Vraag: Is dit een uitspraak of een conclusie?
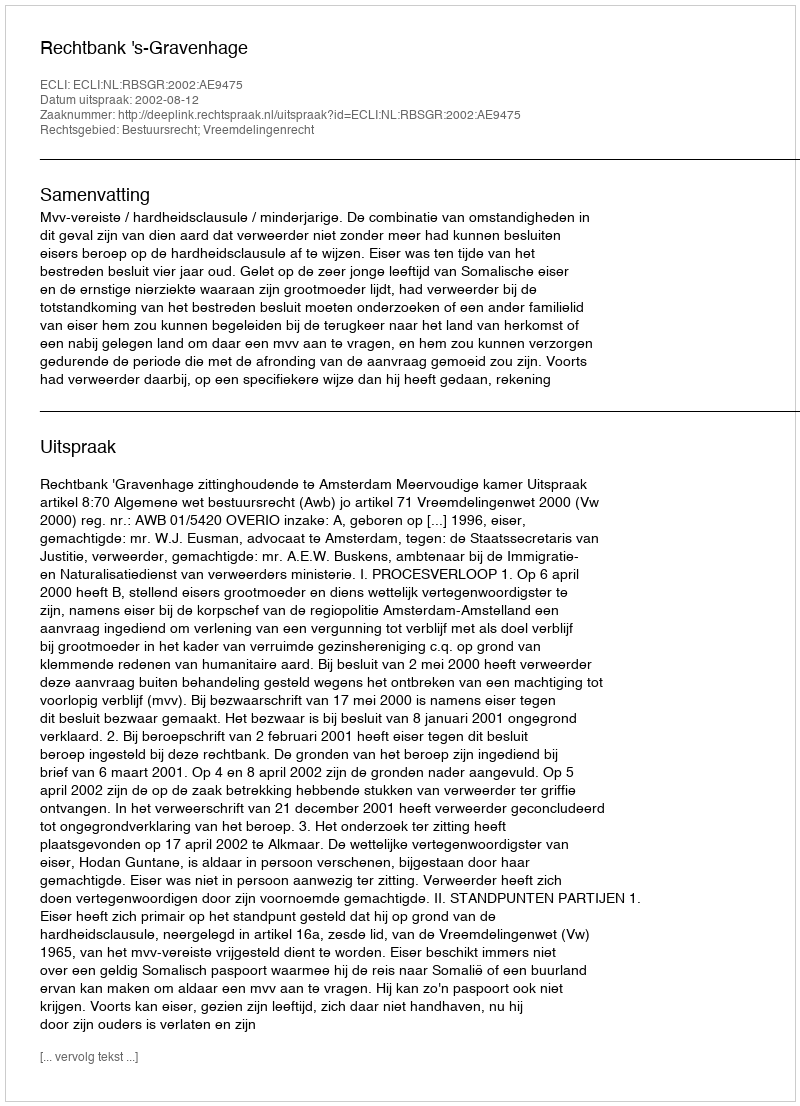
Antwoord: Uitspraak